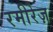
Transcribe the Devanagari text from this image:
रमीरेज़